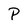
Character: P